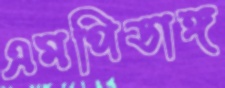
এমপিডাঙ্গ